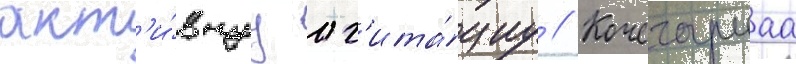
акт'и́внуу аг'ита́циу // Кочегарнаа